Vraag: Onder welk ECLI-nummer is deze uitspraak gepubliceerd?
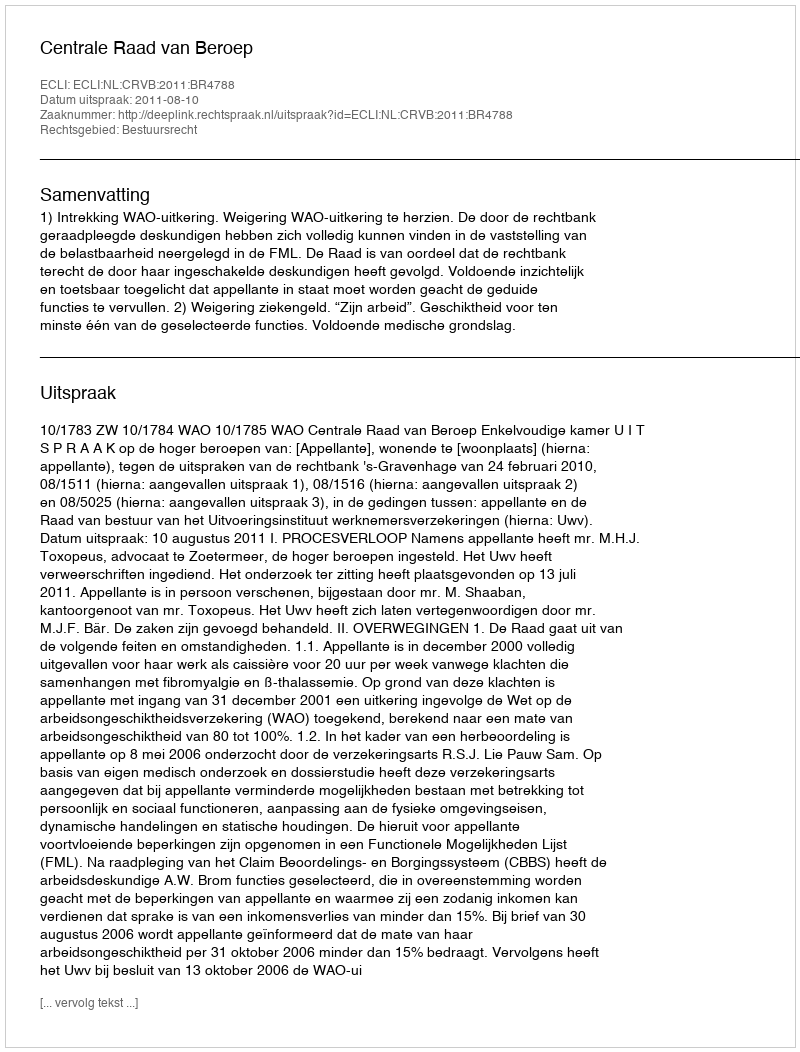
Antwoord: ECLI:NL:CRVB:2011:BR4788